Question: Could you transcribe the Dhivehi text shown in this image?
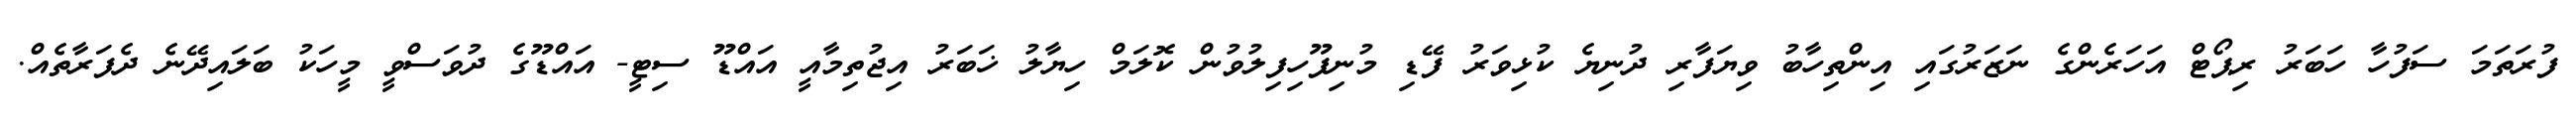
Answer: ފުރަތަމަ ސަފުހާ ހަބަރު ރިޕޯޓް އަހަރެންގެ ނަޒަރުގައި އިންތިހާބު ވިޔަފާރި ދުނިޔެ ކުޅިވަރު ފޭޑި މުނިފޫހިފިލުވުން ކޮލަމް ހިޔާލު ޚަބަރު އިޖުތިމާއީ އައްޑޫ ސިޓީ- އައްޑޫގެ ދުވަސްވީ މީހަކު ބަލައިދޭނެ ދެފަރާތެއް.